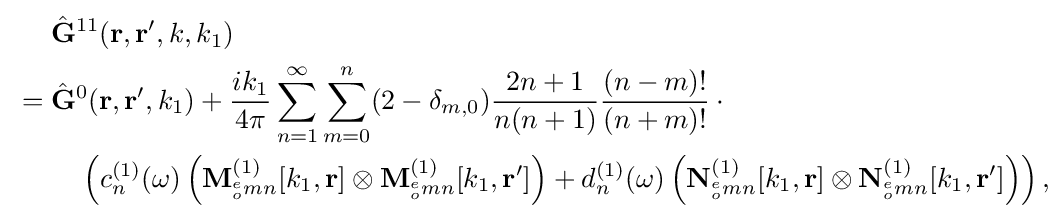
{\begin{aligned}&{\hat {\bf {G}}}^{11}({\mathbf {r} ,\mathbf {r} ',k,k_{1}})\\{}={}&{\hat {\bf {G}}}^{0}({\mathbf {r} ,\mathbf {r} ',k_{1}})+{\frac {ik_{1}}{4\pi }}\sum _{n=1}^{\infty }\sum _{m=0}^{n}(2-\delta _{m,0}){\frac {2n+1}{n(n+1)}}{\frac {(n-m)!}{(n+m)!}}\cdot {}\\&\quad \left(c_{n}^{(1)}(\omega )\left(\mathbf {M} _{^{e}_{o}mn}^{(1)}[k_{1},\mathbf {r} ]\otimes {\mathbf {M} }_{^{e}_{o}mn}^{(1)}[k_{1},\mathbf {r} ']\right)+d_{n}^{(1)}(\omega )\left({\mathbf {N} }_{^{e}_{o}mn}^{(1)}[k_{1},\mathbf {r} ]\otimes {\mathbf {N} }_{^{e}_{o}mn}^{(1)}[k_{1},\mathbf {r} ']\right)\right),\end{aligned}}